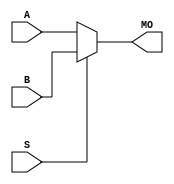
module maxii_b5mux21 (MO, A, B, S);
   input [4:0] A, B;
   input       S;
   output [4:0] MO; 
   assign MO = (S == 1) ? B : A; 
endmodule